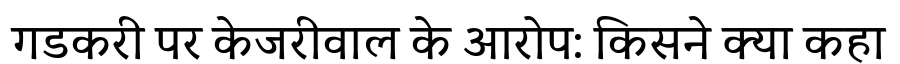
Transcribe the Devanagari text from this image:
गडकरी पर केजरीवाल के आरोप: किसने क्या कहा